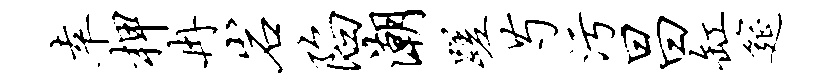
幸柙冉岩陷潮蹉芍污昌缸筵